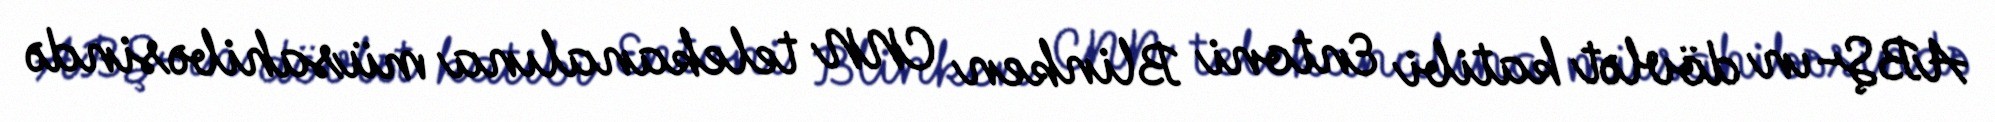
ABŞ-ın dövlət katibi Entoni Blinken CNN telekanalına müsahibəsində